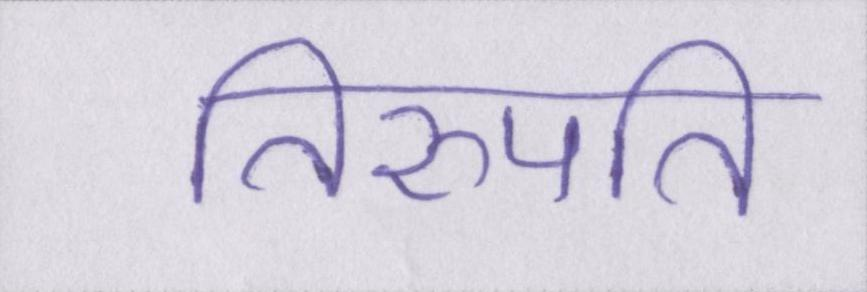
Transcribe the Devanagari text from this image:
तिरुपति